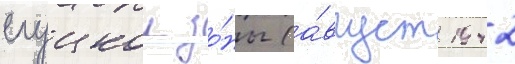
слуцкои зо́ны (а́вгуст 1942